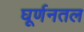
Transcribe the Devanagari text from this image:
घूर्णनतल